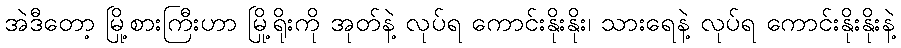
အဲဒီတော့ မြို့စားကြီးဟာ မြို့ရိုးကို အုတ်နဲ့ လုပ်ရ ကောင်းနိုးနိုး၊ သားရေနဲ့ လုပ်ရ ကောင်းနိုးနိုးနဲ့